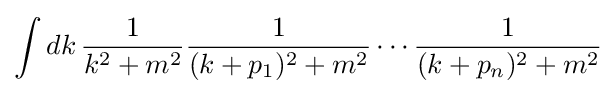
\int dk\,{\frac {1}{k^{2}+m^{2}}}{\frac {1}{(k+p_{1})^{2}+m^{2}}}\cdots {\frac {1}{(k+p_{n})^{2}+m^{2}}}